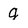
Character: g